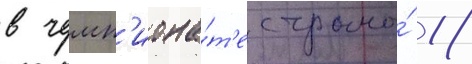
в чемп'иона́т'е страны́ 18